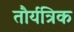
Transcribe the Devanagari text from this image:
तौर्यत्रिक